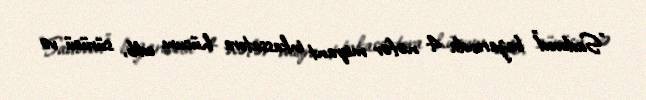
"Sadovod" bazarında 4 nəfər miqrant inkassatora hücum edib, sürücü və